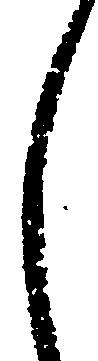
し